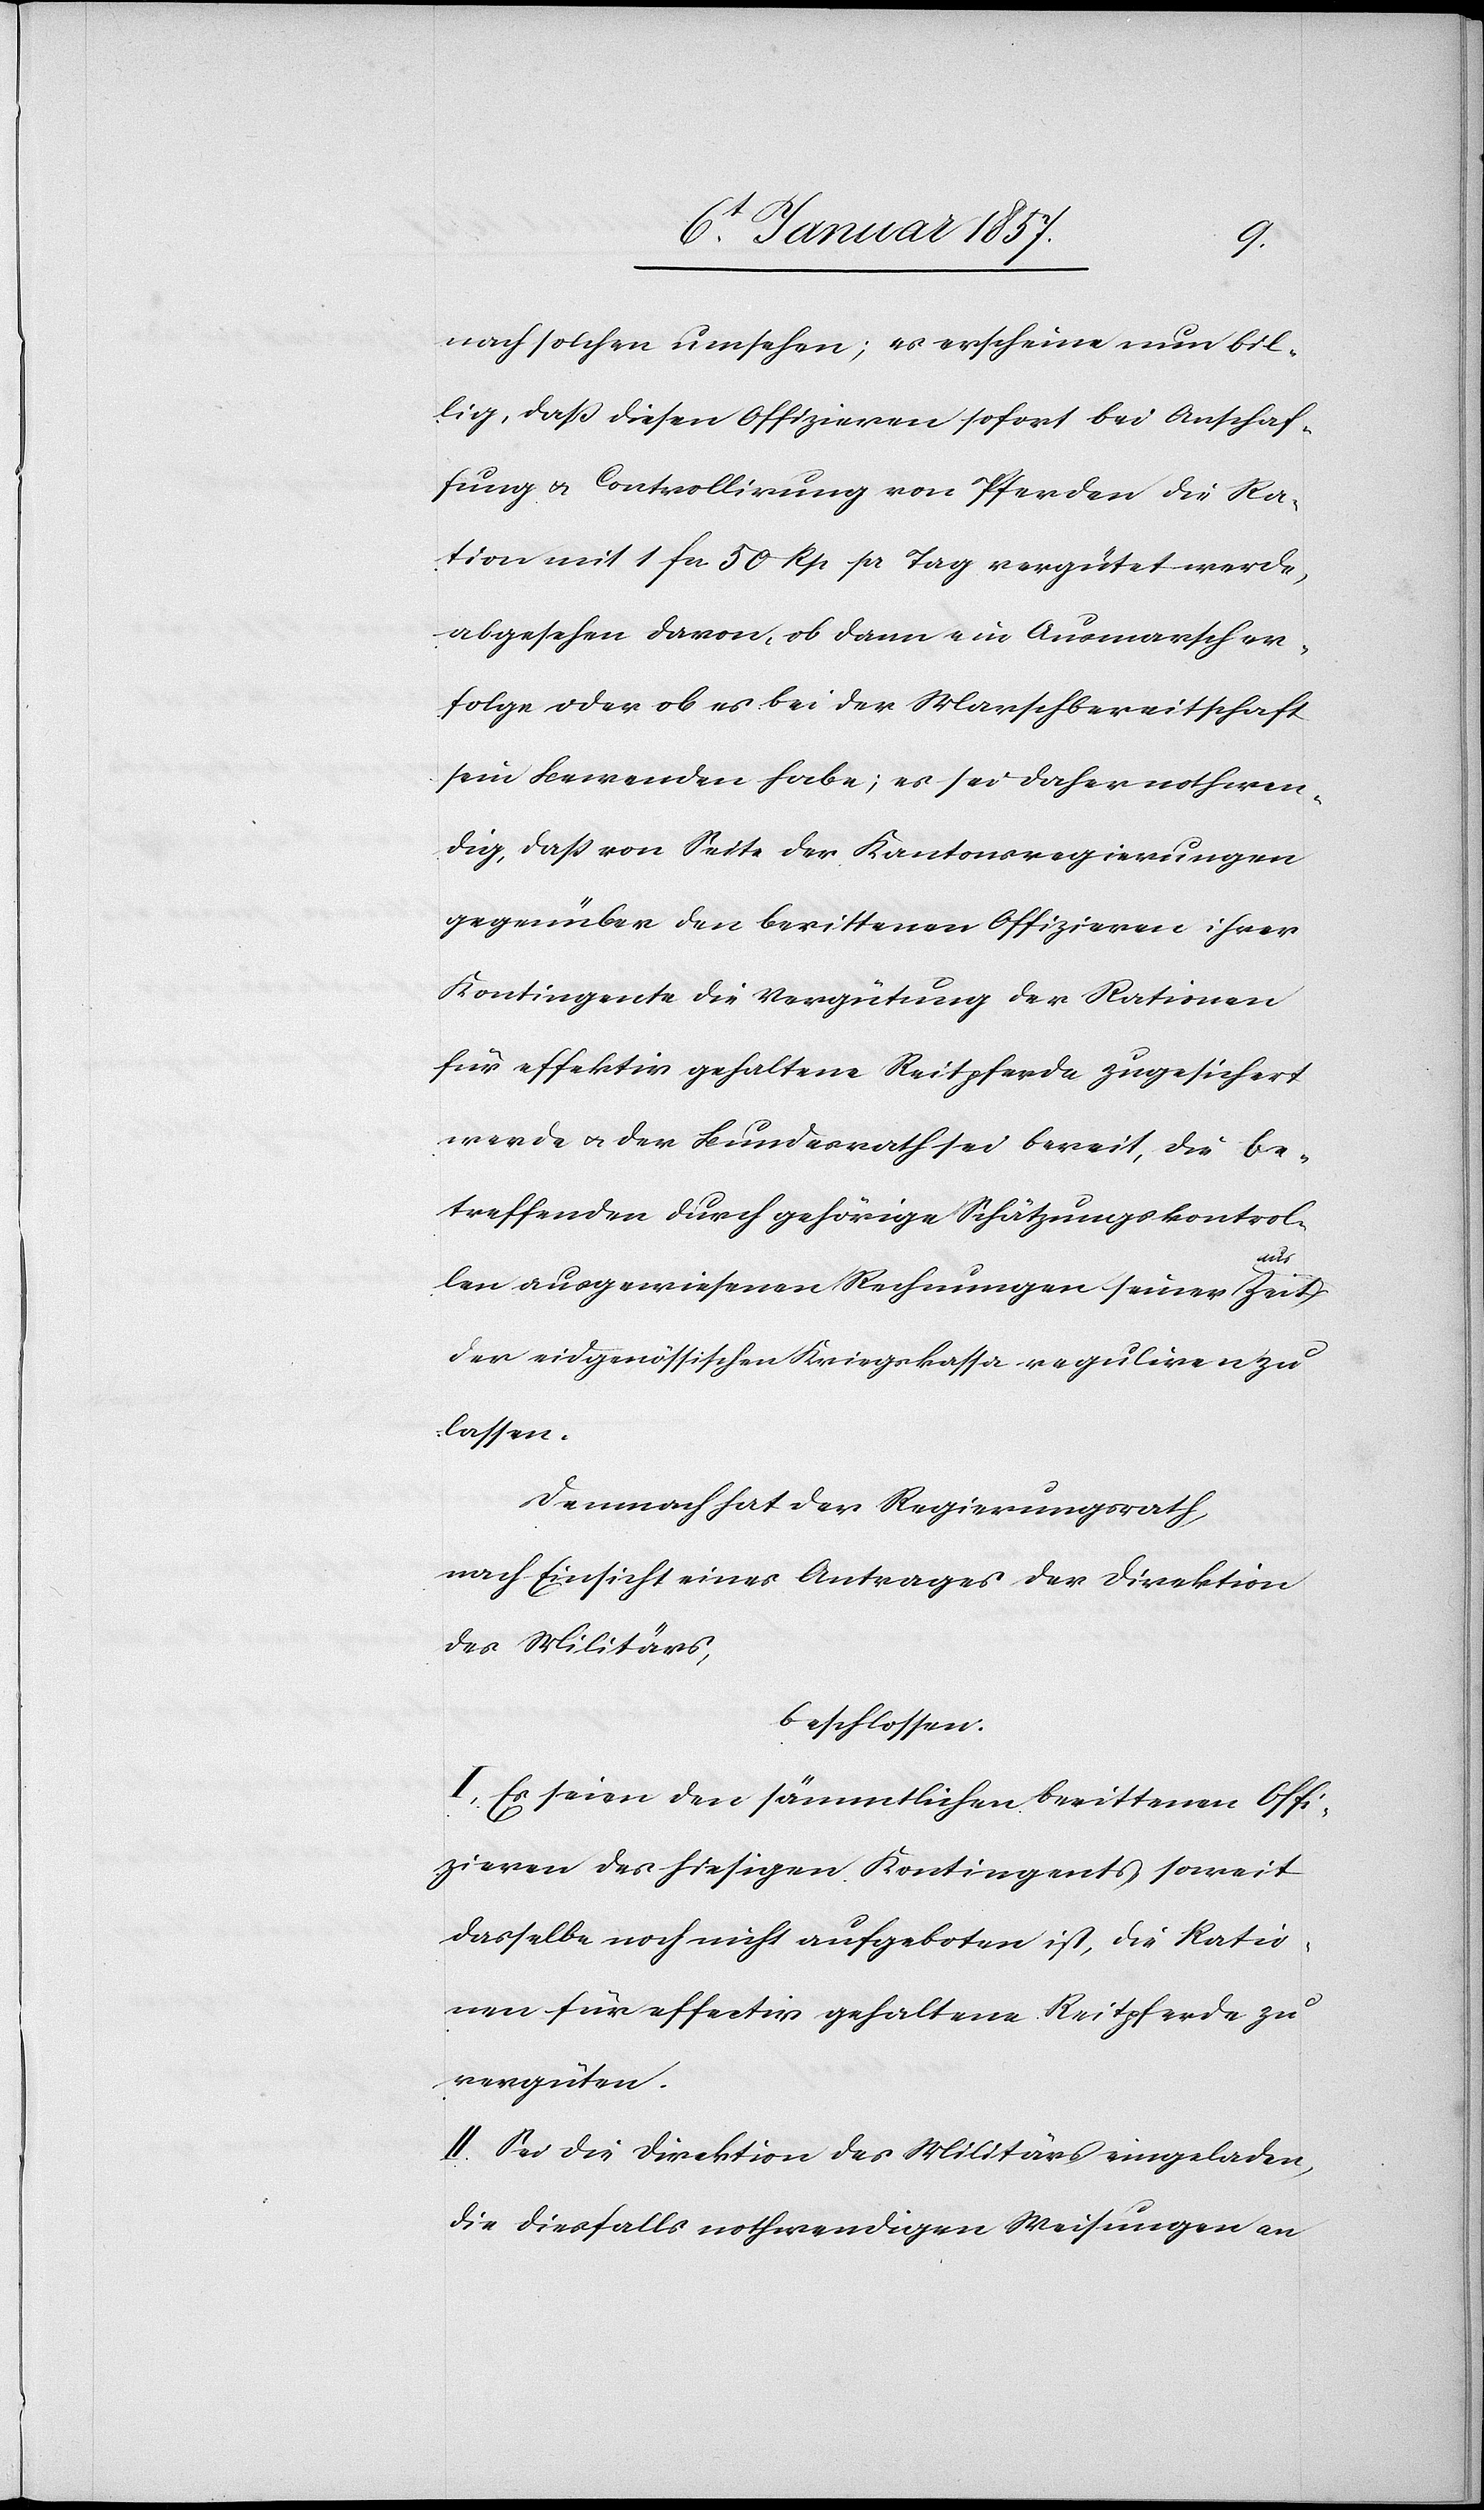
nach solchen umsehen; es erscheine nun bil¬
lig, daß diesen Offizieren sofort bei Anschaf¬
fung u. Controllirung von Pferden die Ra¬
tion mit 1 fn 50 Rp pr Tag vergütet werde,
abgesehen davon, ob dann ein Ausmarsch er¬
folge oder ob es bei der Marschbereitschaft
sein Bewenden habe; es sei daher nothwen¬
dig, daß von Seite der Kantonsregierungen
gegenüber den berittenen Offizieren ihrer
Kontingente die Vergütung der Rationen
für effektiv gehaltene Reitpferde zugesichert
werde u. der Bundesrath sei bereit, die be¬
treffenden durch gehörige Schätzungskontrol¬
len ausgewiesenen Rechnungen seiner Zeit
der eidgenössischen Kriegskassa reguliren zu
lassen.
Demnach hat der Regierungsrath,
nach Einsicht eines Antrages der Direktion
des Militärs,
beschlossen:
I. Es seien den sämmtlichen berittenen Offi¬
zieren des hiesigen Kontingents, soweit
dasselbe noch nicht ausgeboten ist, die Ratio¬
nen für effectiv gehaltene Reitpferde zu
vergüten.
II. Sei die Direktion des Militärs eingeladen,
die diesfalls nothwendigen Weisungen an